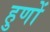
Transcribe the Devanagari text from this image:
हुणों